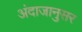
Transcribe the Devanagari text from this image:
अंदाजानुसर